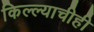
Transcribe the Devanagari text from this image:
किल्ल्याचीही